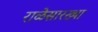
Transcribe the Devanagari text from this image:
राळेसारख्या